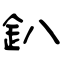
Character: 釟